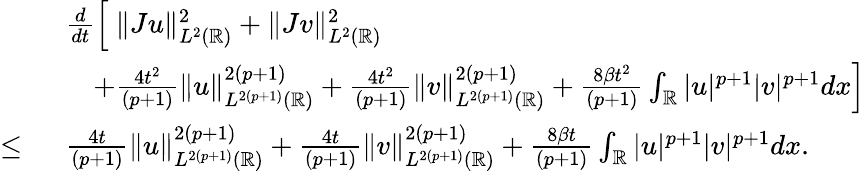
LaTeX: \begin{array}{rl}&{\frac{d}{dt}\left[\ \| Ju\| _{L^{2}(\mathbb{R})}^{2}+\| Jv\| _{L^{2}(\mathbb{R})}^{2}\right.}\\ &{\left.\quad+\frac{4t^{2}}{(p+1)}\| u\| _{L^{2(p+1)}(\mathbb{R})}^{2(p+1)}+\frac{4t^{2}}{(p+1)}\| v\| _{L^{2(p+1)}(\mathbb{R})}^{2(p+1)}+\frac{8\beta t^{2}}{(p+1)}\int_{\mathbb{R}}|u|^{p+1}|v|^{p+1}dx\right]}\\ {\leq\ }&{\frac{4t}{(p+1)}\| u\| _{L^{2(p+1)}(\mathbb{R})}^{2(p+1)}+\frac{4t}{(p+1)}\| v\| _{L^{2(p+1)}(\mathbb{R})}^{2(p+1)}+\frac{8\beta t}{(p+1)}\int_{\mathbb{R}}|u|^{p+1}|v|^{p+1}dx.}\end{array}